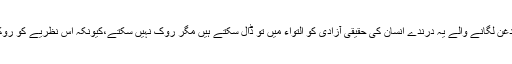
قدرت کے ثقافتوں و دستوروں پر قدغن لگانے والے یہ درندے انسان کی حقیقی آزادی کو التواء میں تو ڈال سکتے ہیں مگر روک نہیں سکتے،کیونکہ اس نظریے کو روکا نہیں جاسکتا جس کا وقت آرہا ہو۔